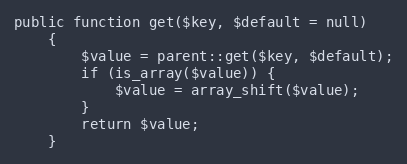
Language: PHP
public function get($key, $default = null)
    {
        $value = parent::get($key, $default);
        if (is_array($value)) {
            $value = array_shift($value);
        }
        return $value;
    }